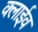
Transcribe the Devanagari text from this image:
क्लाईव